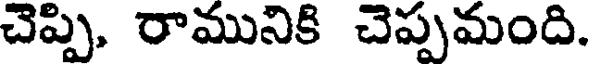
చెప్పి, రామునికి చెప్పమంది.